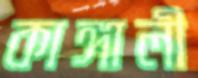
কাঙ্গালী